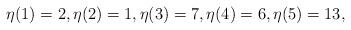
LaTeX: \begin{align*}\eta(1)=2,\eta(2)=1,\eta(3)=7,\eta(4)=6,\eta(5)=13,\end{align*}